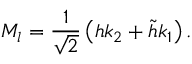
M _ { l } = \frac { 1 } { \sqrt { 2 } } \left( h k _ { 2 } + \tilde { h } k _ { 1 } \right) .